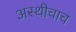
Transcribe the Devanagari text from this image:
अस्थीचाच